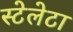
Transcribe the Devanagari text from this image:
स्टेलेटा